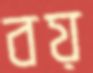
বয়